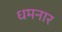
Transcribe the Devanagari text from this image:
धमनार